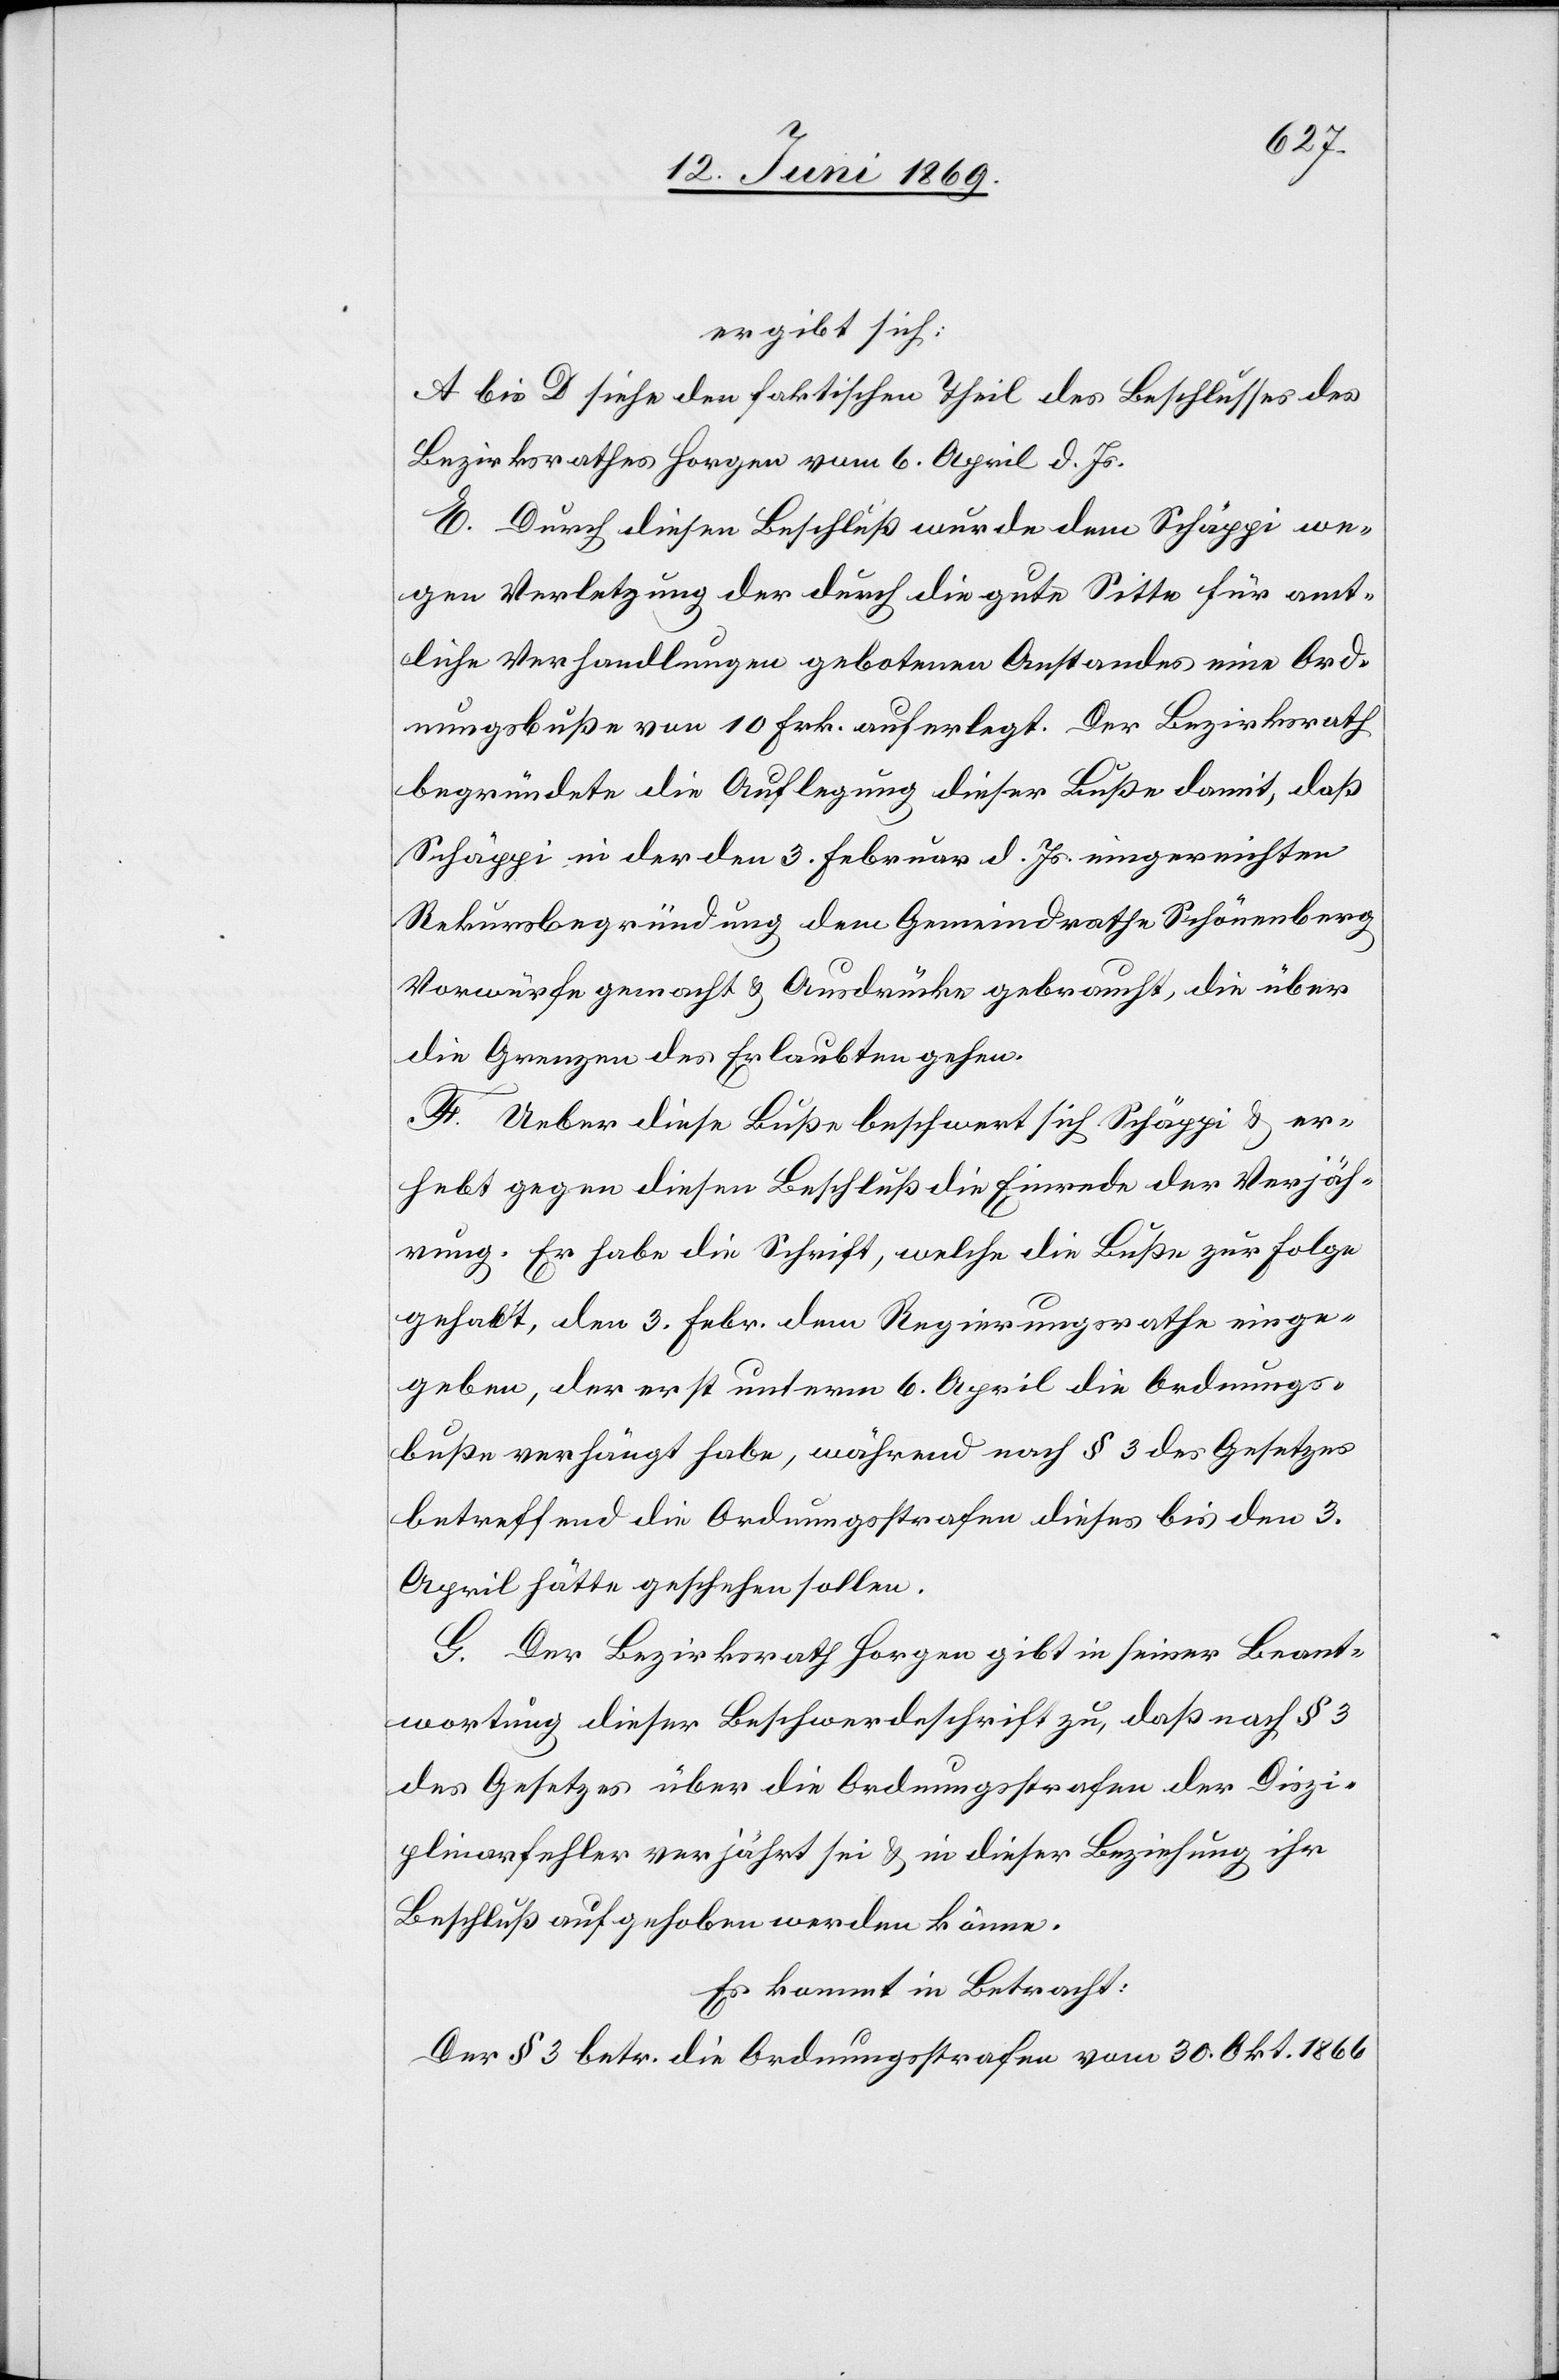
ergibt sich:
A bis D siehe den faktischen Theil des Beschlusses des
Bezirksrathes Horgen vom 6. April d. Js.
E. Durch diesen Beschluß wurde dem Schäppi we¬
gen Verletzung der durch die gute Sitte für amt¬
liche Verhandlungen gebotenen Anstandes eine Ord¬
nungsbuße von 10 Frk. auferlegt. Der Bezirksrath
begründete die Auflegung dieser Buße damit, daß
Schäppi in der den 3. Februar d. Js. eingereichten
Rekursbegründung dem Gemeindrathe Schönenberg
Vorwürfe gemacht u. Ausdrücke gebraucht, die über
die Grenzen des Erlaubten gehen.
F. Ueber diese Buße beschwert sich Schäppi u. h¬
ebt gegen diesen Beschluß die Einrede der Verjäh¬
rung. Er habe die Schrift, welche die Buße zur Folge
gehabt, den 3. Febr. dem Regierungsrathe einge¬
geben, der erst unterm 6. April die Ordnungs¬
buße verhängt habe, während nach § 3 des Gesetzes
betreffend die Ordnungsstrafen dieses bis den 3.
April hätte geschehen sollen.
G. Der Bezirksrath Horgen gibt in seiner Beant¬
wortung dieser Beschwerdeschrift zu, daß nach § 3
des Gesetzes über die Ordnungsstrafen der Diszi¬
plinarfehler verjährt sei u. in dieser Beziehung ihr
Beschluß aufgehoben werden könne.
Es kommt in Betracht:
Der § 3 betr. die Ordnungsstrafe vom 30. Okt. 1866